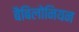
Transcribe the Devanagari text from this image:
बैबिलोनियन